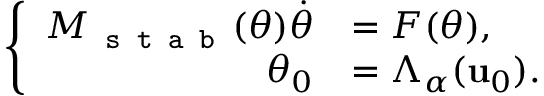
\left\{ \begin{array} { r l } { M _ { \texttt { s t a b } } ( \theta ) \dot { \theta } } & { = F ( \theta ) , } \\ { \theta _ { 0 } } & { = \Lambda _ { \alpha } ( \mathbf { u } _ { 0 } ) . } \end{array} \right.